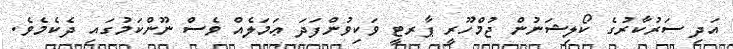
އަދި ސަރުކާރުގެ ކޯލިޝަނުން ޖުމްހޫރީ ޕާރޓީ ވަކިވުންފަދަ ޢަމަލެއް ވެސް ނޫންކަމުގައި ދެކެމެވެ.